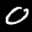
Label: 0